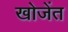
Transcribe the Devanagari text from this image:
खोजेंत